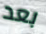
بعد